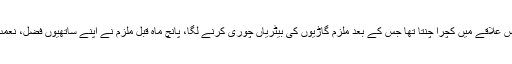
گرفتار ملزم نے دوران تفتیش اعتراف کیا ہے کہ وہ ایک سال پہلے تک اس علاقے میں کچرا چنتا تھا جس کے بعد ملزم گاڑیوں کی بیٹریاں چوری کرنے لگا، پانچ ماہ قبل ملزم نے اپنے ساتھیوں فضل، نعمت اور قاری بشیر کے ساتھ مل کر اسٹریٹ کرائم کی وارداتیں شروع کیں۔